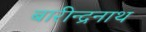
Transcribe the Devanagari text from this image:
बारीन्द्रनाथ